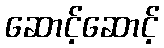
ဆောင့်ဆောင့်